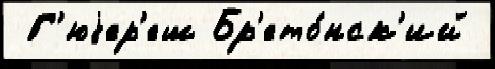
 Г'юjер'еш Бр'ето́нск'ий